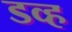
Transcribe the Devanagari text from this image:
डव्ह